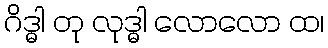
ဂိဒ္ဓါ တု လုဒ္ဓါ လောလော ထ၊